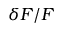
\delta F / F